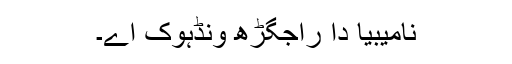
نامیبیا دا راجگڑھ ونڈہوک اے۔